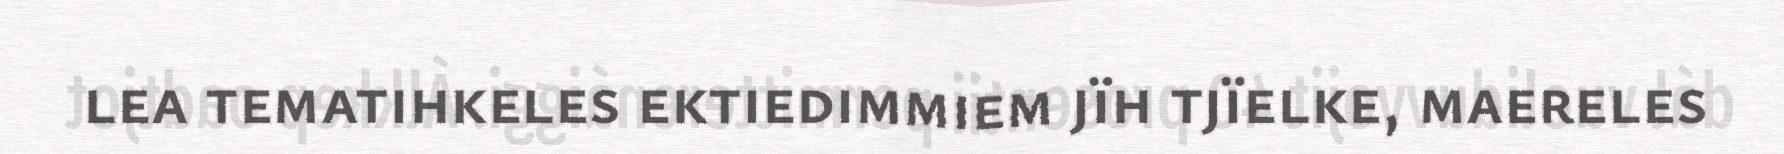
lea tematihkeles ektiedimmiem jïh tjïelke, maereles